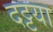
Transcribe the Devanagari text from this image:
दट्टया